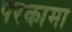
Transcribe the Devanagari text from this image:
परकामा